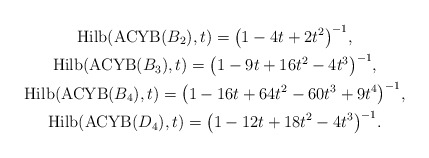
\begin{gather*}{\rm Hilb}({\rm ACYB}(B_2),t)=\big(1-4t+2t^2\big)^{-1}, \\{\rm Hilb}({\rm ACYB}(B_3),t)=\big(1-9t+16t^2-4t^3\big)^{-1}, \\{\rm Hilb}({\rm ACYB}(B_4),t)=\big(1-16t+64t^2-60t^3+9t^4\big)^{-1} , \\{\rm Hilb}({\rm ACYB}(D_4),t)=\big(1-12t+18t^2-4t^3\big)^{-1}.\end{gather*}